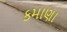
કમાણા